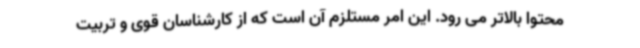
محتوا بالاتر می رود. این امر مستلزم آن است که از کارشناسان قوی و تربیت